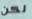
لكن